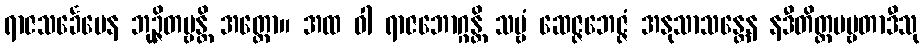
ရာဇသင်္ခေပေန ဘုဉ္ဇိတဗ္ဗန္တိ အတ္ထော။ အထ ဝါ ရာဇဘောဂ္ဂန္တိ သဗ္ဗံ ဆေဇ္ဇဘေဇ္ဇံ အနုသာသန္တေန နဒီတိတ္ထပဗ္ဗတာဒီသု